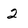
Character: 2